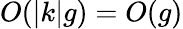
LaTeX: O(|k|g)=O(g)